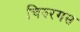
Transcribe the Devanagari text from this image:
चिरुरगस